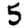
Digit: 5